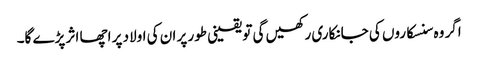
اگر وہ سنسکاروں کی جانکاری رکھیں گی تو یقینی طور پر ان کی اولاد پر اچھا اثر پڑے گا۔